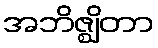
အဘိဇ္ဈိတာ